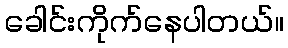
ခေါင်းကိုက်နေပါတယ်။